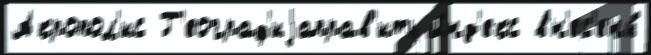
Акропол'ис Г'еограф'иjаправ'ить и́нд'екс вн'ес'ены́